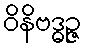
ဝိနိဗဒ္ဓဉ္ဇ